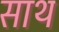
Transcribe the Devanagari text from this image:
साथ